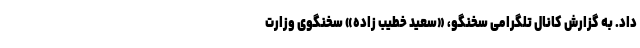
داد. به گزارش کانال تلگرامی سخنگو، «سعید خطیب زاده» سخنگوی وزارت